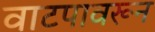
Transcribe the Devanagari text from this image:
वाटपावरून